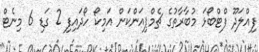
ފިއްލަދޫ ފްޓްބޯޅަ މުބާރާތުގެ ޗެމްޕިއަންކަން އަމިކޯ ހޯދައިފި 2 ގަޑި 6 މިނެޓް